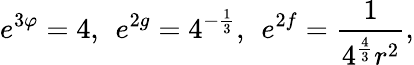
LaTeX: e^{3\varphi}=4,\: \: e^{2g}=4^{-\frac{1}{3}},\: \: e^{2f}=\frac{1}{4^{\frac{4}{3}}r^{2}},